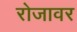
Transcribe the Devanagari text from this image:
रोजावर